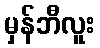
မှန်ဘီလူး